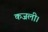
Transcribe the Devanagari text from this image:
कजली।